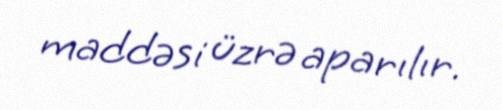
maddəsi üzrə aparılır.